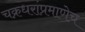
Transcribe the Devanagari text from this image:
चक्रधरांप्रमाणेच